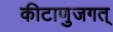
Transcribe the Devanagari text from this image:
कीटाणुजगत्